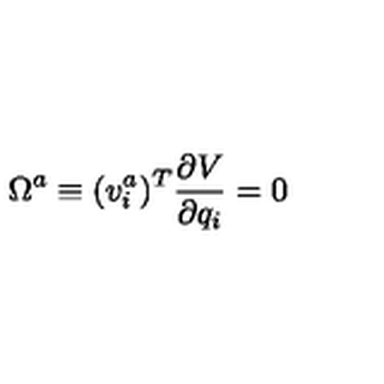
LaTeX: \Omega ^ { a } \equiv ( v _ { i } ^ { a } ) ^ { T } { \frac { \partial V } { \partial q _ { i } } } = 0